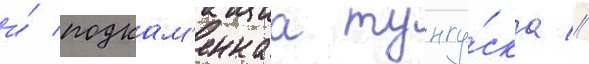
и́ подкам'еннаа тунгу́ска //